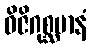
ဝိဇိဂုစ္ဆမာနံ